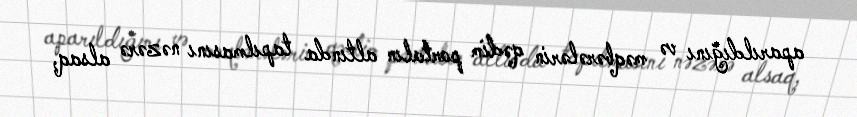
aparıldığını və məqbərələrin qədim portalın altında tapılmasını nəzərə alsaq,